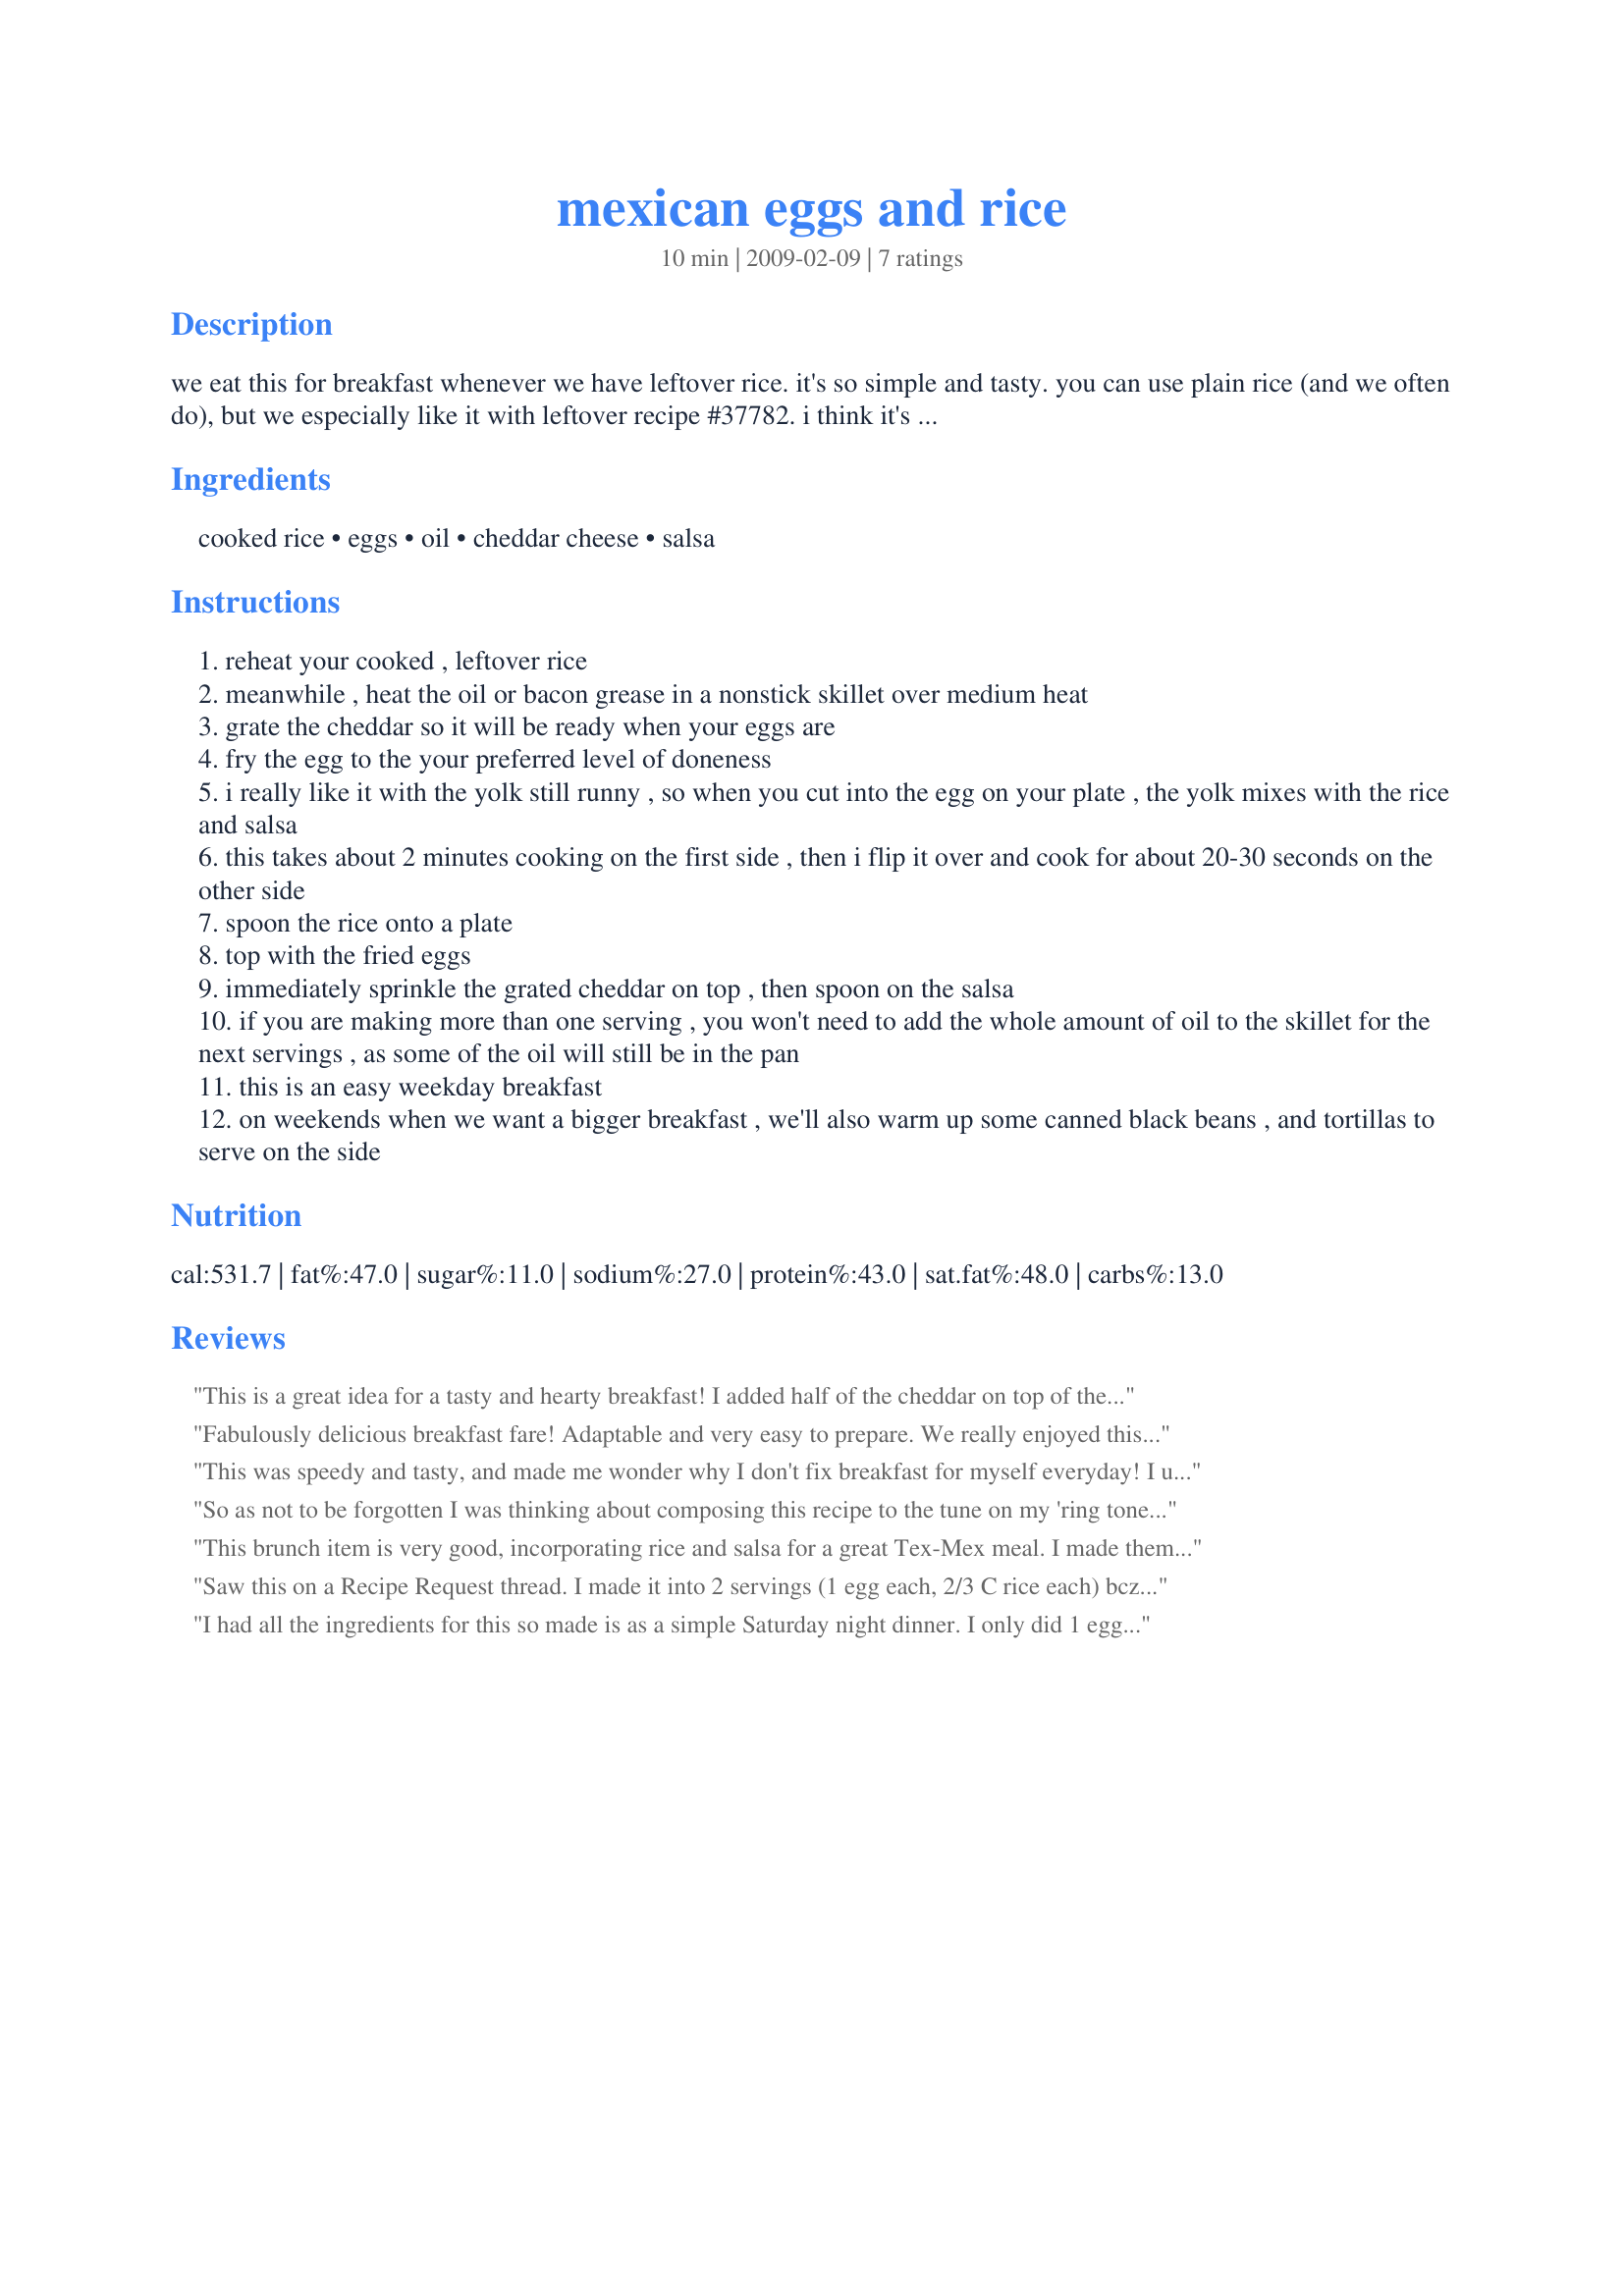
mexican eggs and rice
Preparation time: 10 minutes

we eat this for breakfast whenever we have leftover rice. it's so simple and tasty. you can use plain rice (and we often do), but we especially like it with leftover recipe #37782. i think it's best with homemade salsa, or a fresh salsa purchased from the refrigerated section of your grocery store. the best thing about eating salsa at breakfast, is that it changes the way your coffee tastes! something about mexican breakfast and coffee are so right together. ingredient amounts are per person; you can easily scale to the number of servings for your family.

Ingredients:
cooked rice, eggs, oil, cheddar cheese, salsa

Steps:
reheat your cooked , leftover rice
meanwhile , heat the oil or bacon grease in a nonstick skillet over medium heat
grate the cheddar so it will be ready when your eggs are
fry the egg to the your preferred level of doneness
i really like it with the yolk still runny , so when you cut into the egg on your plate , the yolk mixes with the rice and salsa
this takes about 2 minutes cooking on the first side , then i flip it over and cook for about 20-30 seconds on the other side
spoon the rice onto a plate
top with the fried eggs
immediately sprinkle the grated cheddar on top , then spoon on the salsa
if you are making more than one serving , you won't need to add the whole amount of oil to the skillet for the next servings , as some of the oil will still be in the pan
this is an easy weekday breakfast
on weekends when we want a bigger breakfast , we'll also warm up some canned black beans , and tortillas to serve on the side

Reviews:
This is a great idea for a tasty and hearty breakfast! I added half of the cheddar on top of the rice before putting the eggs on; it made a nice gooey layer in between to hold the rice to the eggs. Really enjoyed this TexMex treat - thanks for posting the recipe!
Fabulously delicious breakfast fare! Adaptable and very easy to prepare. We really enjoyed this! I made it for a leisurely weekend brunch using Recipe #77527 and olive oil. The mention of bacon grease made me want to include bacon, so I panfried some bacon until it was crispy in another pan, then sauteed some thinly sliced mushrooms and minced garlic with a sprinkling of thyme in the same pan until the mushrooms had just softened. That meant the recipe took a little longer to make - but that was okay when time wasn't a factor! I spooned the mushrooms onto the rice, topped with the eggs, put the bacon on top and then the cheese. Then I discovered we were out of salsa but this was wonderfully delicious without it. Thanks for sharing this yummy recipe! Made for 1-2-3 Hit Wonders.
This was speedy and tasty, and made me wonder why I don't fix breakfast for myself everyday! I used vegetable oil because I didn't feel like bacon and my saved bacon fat was old. I used Mexican Ranchera Salsa. I always have leftover rice in the freezer and shredded sharp cheddar in the refrigerator, so I could do this any time at all. Your guide to cooking time of the egg was spot on, I cooked until the white was set and then flipped it over just as you said. Made for Top Favorites of 2008 Tag as a prize for becoming FROG #8.
So as not to be forgotten I was thinking about composing this recipe to the tune on my 'ring tone'. Made for Everyday Is A Holiday.
This brunch item is very good, incorporating rice and salsa for a great Tex-Mex meal. I made them as directed using bacon grease. I would salt & pepper my egg next time, and perhaps roll the whole thing in a warm tortilla to eat like a burrito. For Buddha, I seasoned the egg with chipolte powder and added a few drops of hot sauce before adding the cheese & he *still* thought it could be 'hotter', lol. Thanks for sharing. :)
Saw this on a Recipe Request thread. I made it into 2 servings (1 egg each, 2/3 C rice each) bcz I only had 2 eggs. Firt time making fried eggs (DH usu. does it) and I followed the directions and it turned out great. I used butter/oil and didn't have salsa. I seasoned with Cajun seasoning. You could top this with almost anything you like. Very good.
I had all the ingredients for this so made is as a simple Saturday night dinner. I only did 1 egg which was plenty for me and I also added some chopped green onions I had leftover to the rice. This was a great use of leftovers and made for a tasty dinner which was put together in no time. Thanks for posting!
